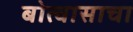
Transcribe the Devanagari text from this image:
बोत्वासाचा